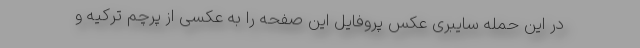
در این حمله سایبری عکس پروفایل این صفحه را به عکسی از پرچم ترکیه و